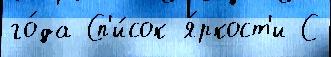
го́да Сп'и́сок я́ркост'и С